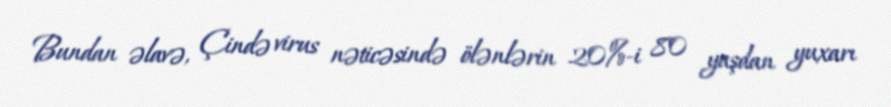
Bundan əlavə, Çində virus nəticəsində ölənlərin 20%-i 80 yaşdan yuxarı